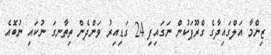
ޒިންމާ އަލްގައިދާގެ ގްރޫޕަކުން ނަގައިފި 24 ގަޑިއިރު ވަންދެން ތިތާނގަ ނުކައި ނުބޮއެ